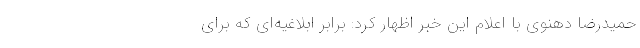
حمیدرضا دهنوی با اعلام این خبر اظهار کرد: برابر ابلاغیه‌ای که برای